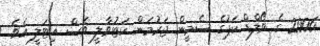
2006 ގެ ވޯލްޑް ކަޕުގެ ސެމީން ޖަރުމަން ކަޓުވާލީ ވެސް އިޓަލީ އެވެ.